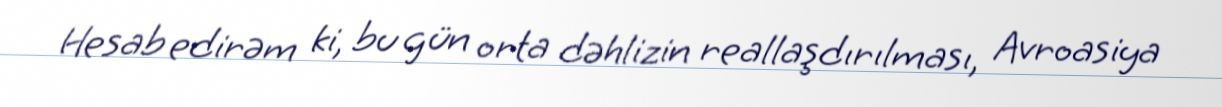
Hesab edirəm ki, bu gün orta dəhlizin reallaşdırılması, Avroasiya